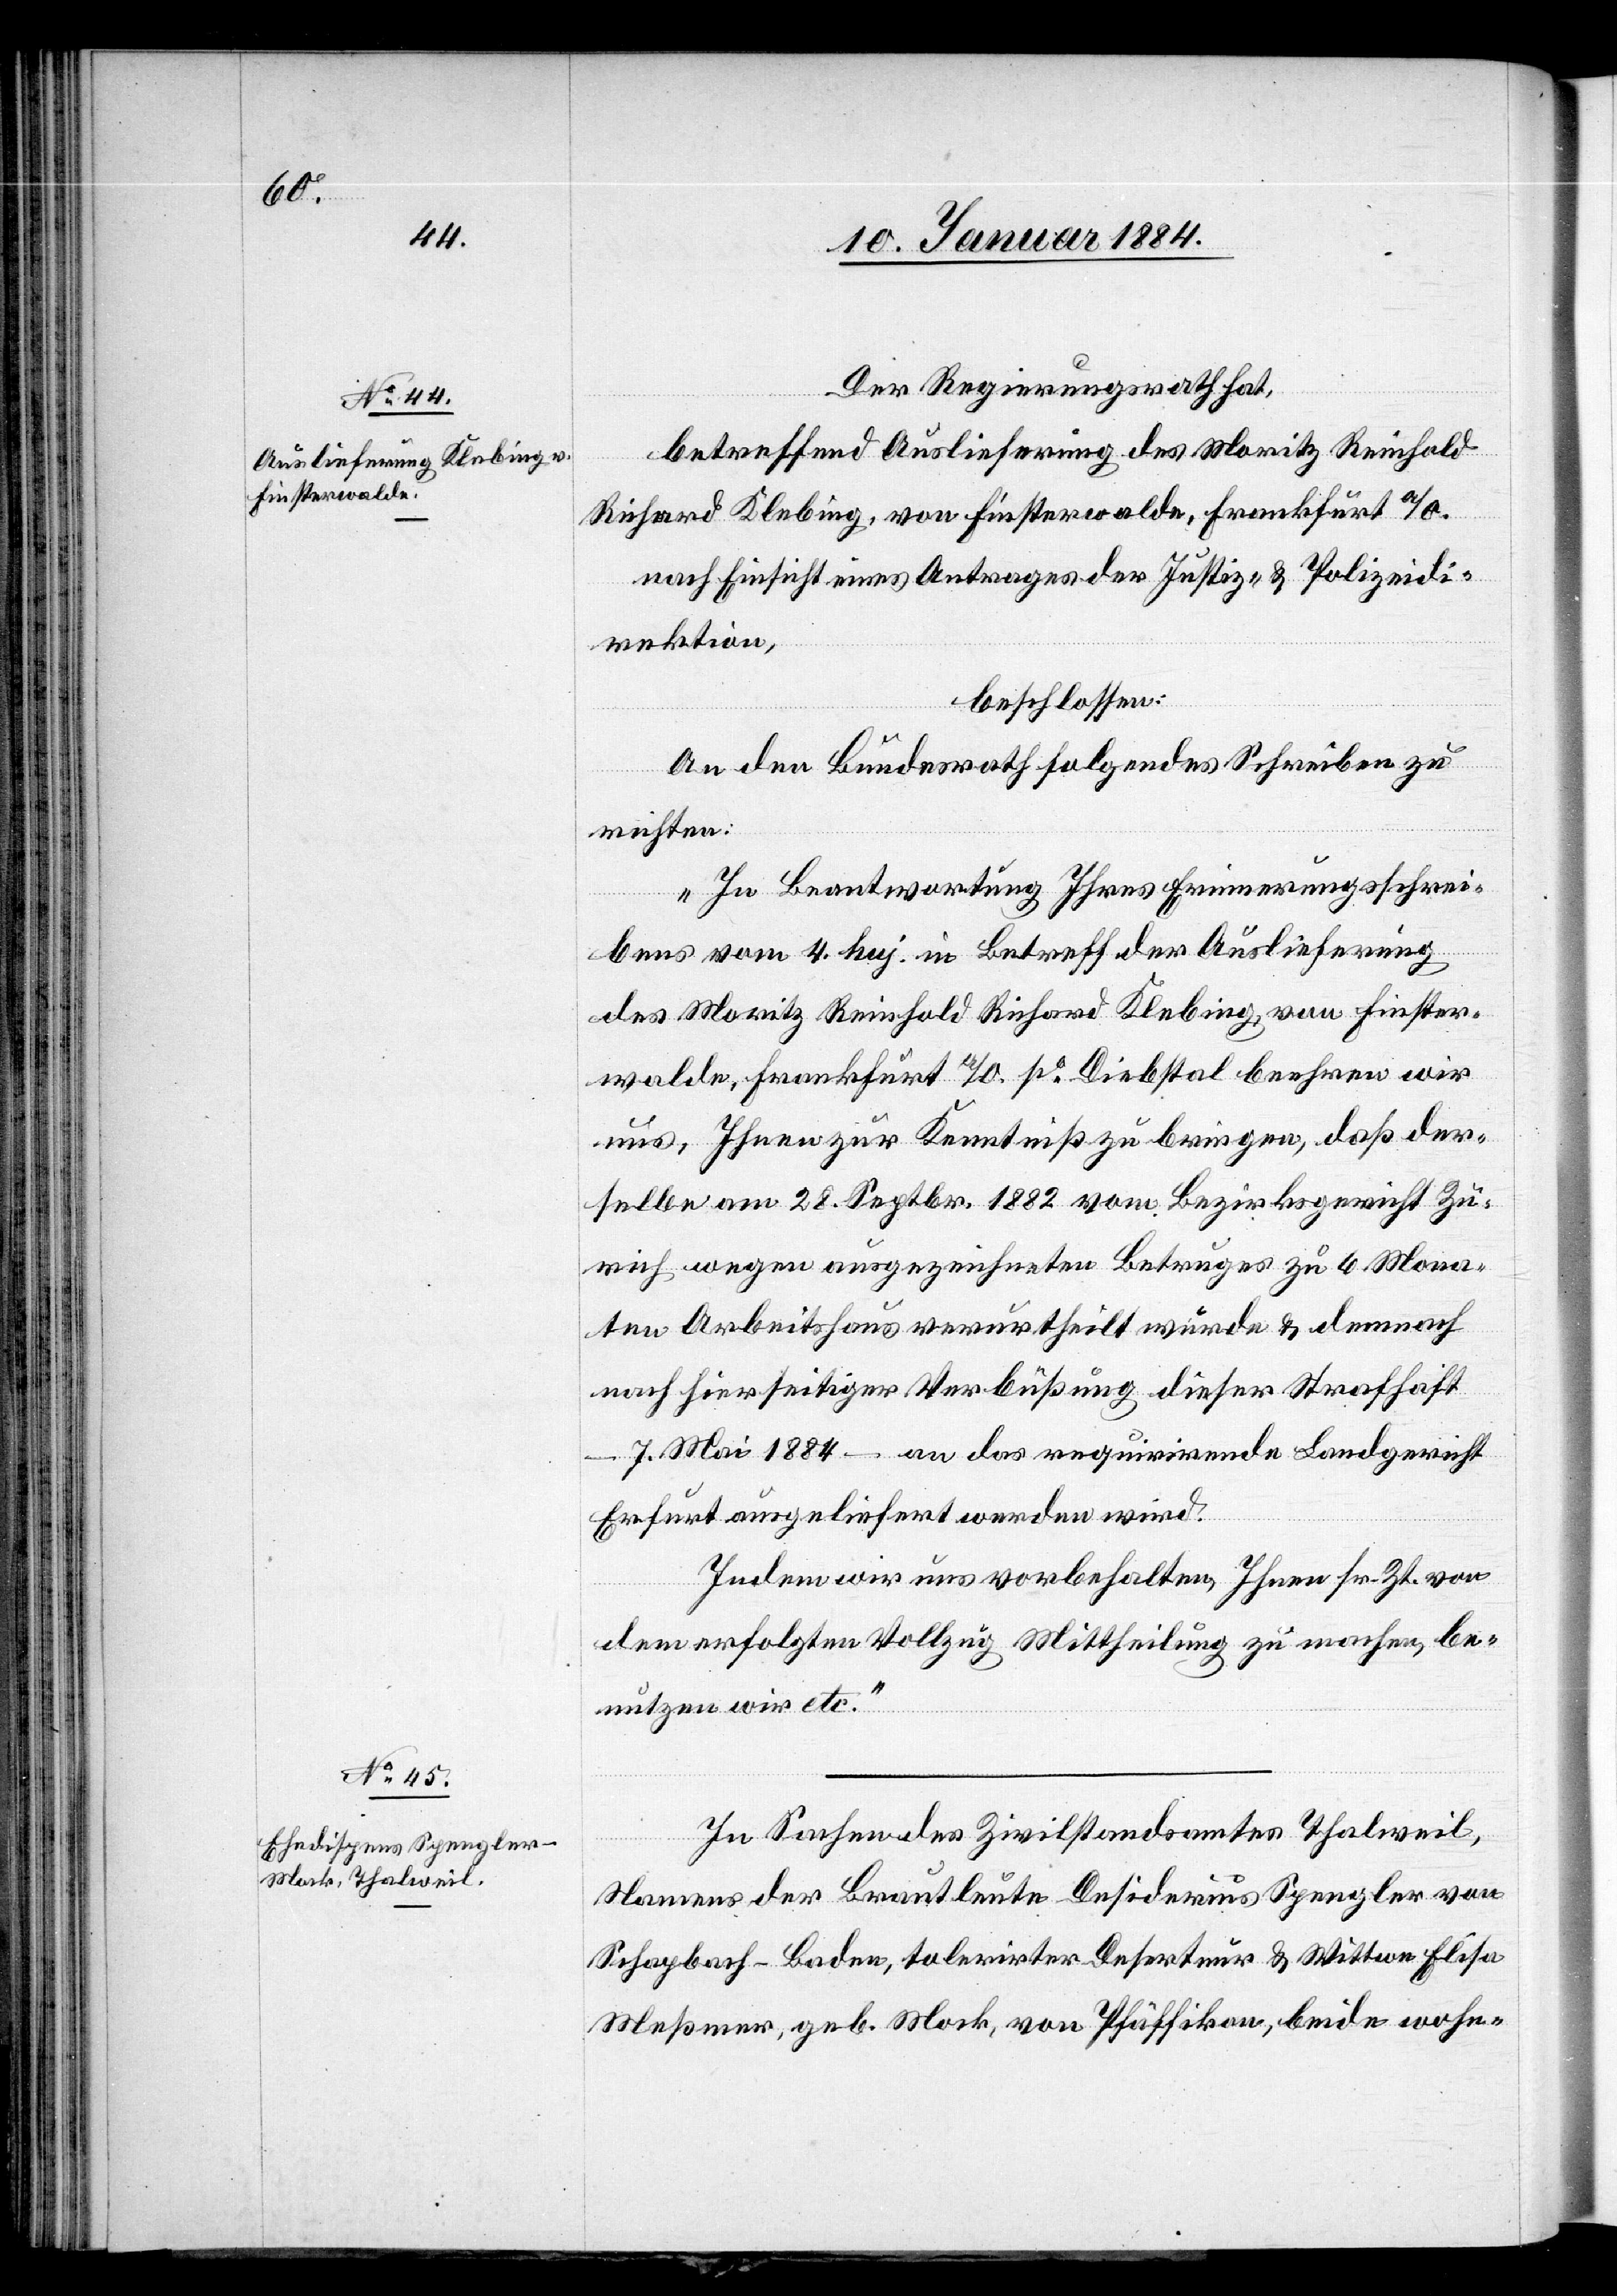
Der Regierungsrath hat,
betreffend Auslieferung des Moritz Reinhold
Richard Kleburg, von Finsterwalde, Frankfurt a/O.
nach Einsicht eines Antrages der Justiz- & Polizeidi¬
rektion,
beschlossen:
An den Bundesrath folgendes Schreiben zu
richten:
„In Beantwortung Ihres Erinnerungsschrei¬
ben vom 4. huj. in Betreff der Auslieferung
des Moritz Reinhold Richard Kleburg, von Finster¬
walde, Frankfurt a/O. po Diebstahl beehren wir
uns, Ihnen zur Kenntniß zu bringen, daß der¬
selbe am 28. Septbr. 1882 vom Bezirksgericht Zü¬
rich wegen ausgezeichneten Betruges zu 6 Mona¬
ten Arbeitshaus verurtheilt wurde & demnach
nach hierseitiger Verbüßung dieser Strafhaft
7. Mai 1884 – an das requirirende Landgericht
Erfurt ausgeliefert werden wird.
Indem wir uns vorbehalten, Ihnen sr. Zt. von
dem erfolgten Vollzug Mittheilung zu machen, be¬
nutzen wir etc.“
In Sachen des Zivilstandesamtes Thalweil,
Namens der Brautleute Desiderius Spengler von
Schapbach - Baden, tolerirter Deserteur & Wittwe Elisa
Meßmer, geb. Mock, von Pfäffikon, beide wohn-